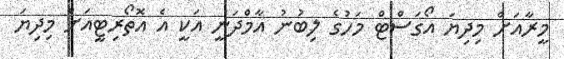
މީރާއަށް މިދިޔަ އޯގަސްޓް މަހުގެ ލިބުނު އާމްދަނީ އަކީ އެ އޮތޯރިޓީއަށް މިިދިޔަ